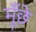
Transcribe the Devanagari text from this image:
मूँछे